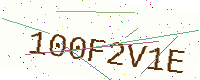
Text: 100F2V1E